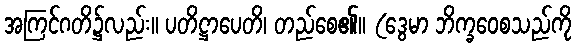
အကြင်ဂတိ၌လည်း။ ပတိဋ္ဌာပေတိ၊ တည်စေ၏။ (ဒွေမာ ဘိက္ခဝေစသည်ကို